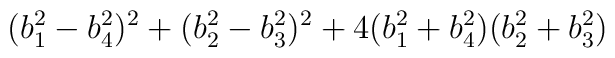
(b_1^2-b_4^2)^2+(b_2^2-b_3^2)^2+4(b_1^2+b_4^2)(b_2^2+b_3^2)